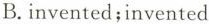
B. invented;invented